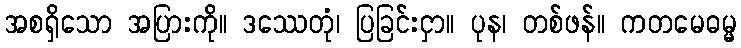
အစရှိသော အပြားကို။ ဒဿေတုံ၊ ပြခြင်းငှာ။ ပုန၊ တစ်ဖန်။ ကတမေဓမ္မ